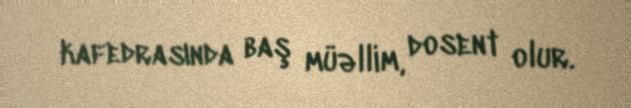
kafedrasında baş müəllim, dosent olur.